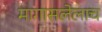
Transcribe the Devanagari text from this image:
मागासलेलाच